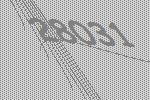
28031